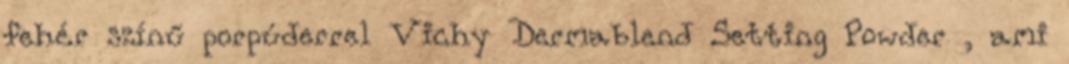
fehér színű porpúderrel Vichy Dermablend Setting Powder , ami